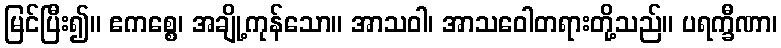
မြင်ပြီး၍။ ဧကစ္စေ၊ အချို့ကုန်သော။ အာသဝါ၊ အာသဝေါတရားတို့သည်။ ပရက္ခီဏာ၊